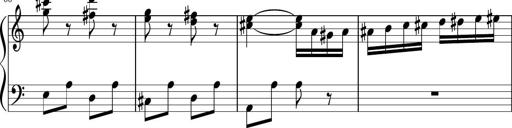
Title: Sonatina in G major
Composer: Friedrich Kuhlau
Key: G major